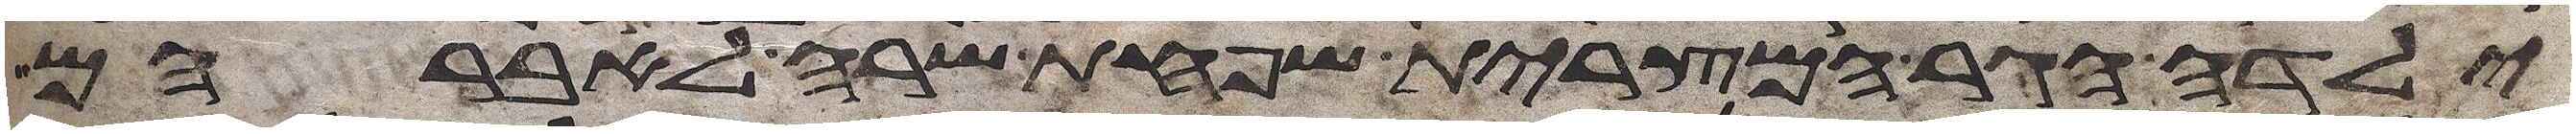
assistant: ילדה הגר המצרית שפחת שרה לאברהם